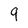
Character: 9